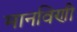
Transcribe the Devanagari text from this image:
मानविणी